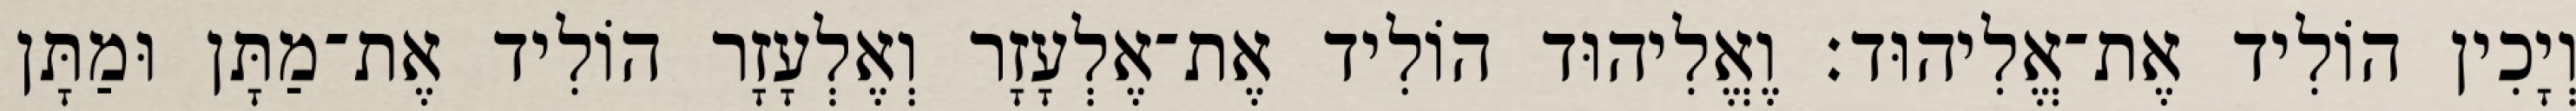
וְיָכִין הוֹלִיד אֶת־אֱלִיהוּד׃ וֶאֱלִיהוּד הוֹלִיד אֶת־אֶלְעָזָר וְאֶלְעָזָר הוֹלִיד אֶת־מַתָּן וּמַתָּן